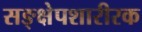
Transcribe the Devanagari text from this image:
सङ्क्षेपशारीरक